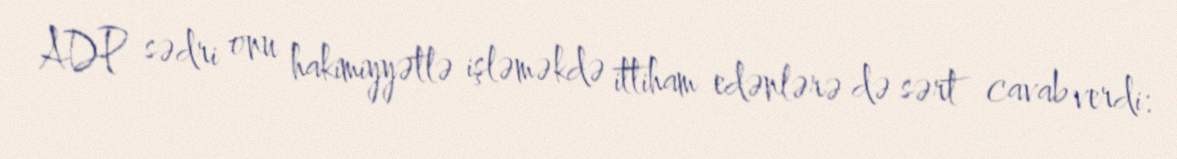
ADP sədri onu hakimiyyətlə işləməkdə ittiham edənlərə də sərt cavab verdi: